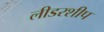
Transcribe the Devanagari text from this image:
लीडरशीप